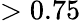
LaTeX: >0.75